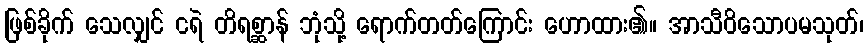
ဖြစ်ခိုက် သေလျှင် ငရဲ တိရစ္ဆာန် ဘုံသို့ ရောက်တတ်ကြောင်း ဟောထား၏။ အာသီဝိသောပမသုတ်၊